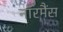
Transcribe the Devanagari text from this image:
नॉरमैंस